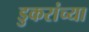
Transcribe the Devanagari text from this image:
डुकरांच्या